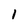
Character: 1